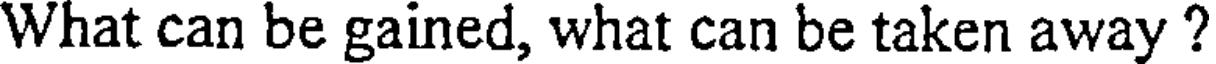
What can be gained, what can be taken away ?